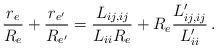
LaTeX: \begin{align*}\frac{r_e}{R_e}+\frac{r_{e'}}{R_{e'}} = \frac{L_{ij,ij}}{L_{ii}R_{e}} + R_{e}\frac{L'_{ij,ij}}{L'_{ii}}\,.\end{align*}